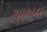
સાબદા